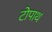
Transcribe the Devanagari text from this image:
टोपाथ